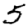
Digit: 5